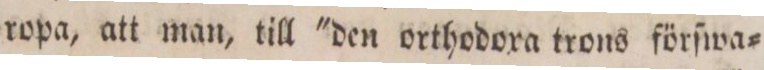
ropa, att man, till 'den orthodoxa trons förſwa=